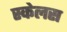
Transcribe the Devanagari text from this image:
स्केलस